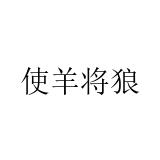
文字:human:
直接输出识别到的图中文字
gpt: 使羊将狼